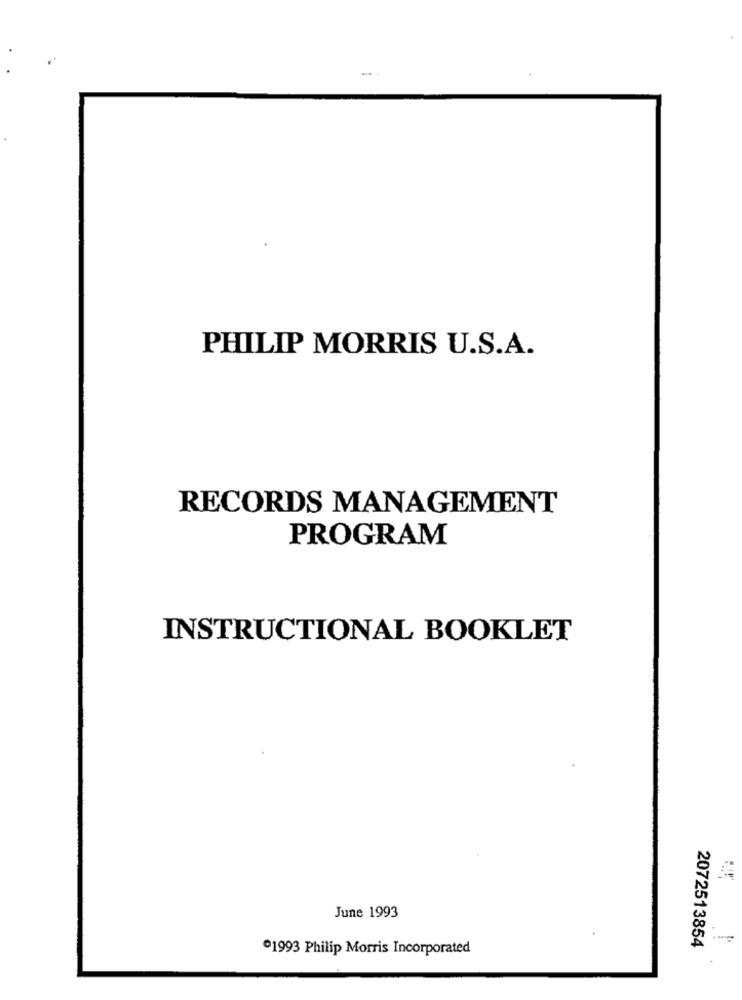
PHILIP MORRIS U.S.A.
RECORDS MANAGEMENT
PROGRAM
INSTRUCTIONAL BOOKLET
June 1993
2072513854
1993 Philip Morris Incorporated